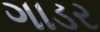
ગાડર